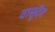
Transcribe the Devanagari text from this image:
वासुदॆव